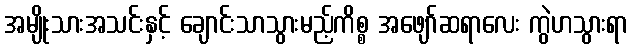
အမျိုးသားအသင်းနှင့် ချောင်းသာသွားမည့်ကိစ္စ အဖျော်ဆရာလေး ကွဲဟသွားရာ